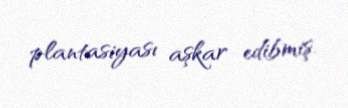
plantasiyası aşkar edibmiş.